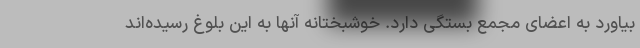
بیاورد به اعضای مجمع بستگی دارد. خوشبختانه آنها به این بلوغ رسیده‌اند